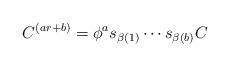
LaTeX: \begin{align*}C^{(ar+b)}=\phi^as_{\beta(1)}\cdots s_{\beta(b)}C\end{align*}